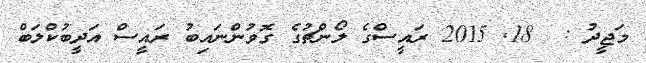
މަޖީދު :  18